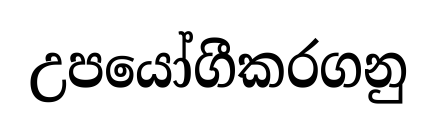
උපයෝගීකරගනු